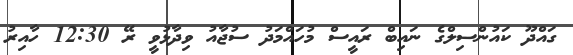
ގައްދޫ ކައުންސިލްގެ ނައިބް ރައީސް މުހައްމަދު ސުޖާއު ވިދާޅުވީ ރޭ 12:30 ހާއިރު